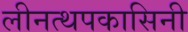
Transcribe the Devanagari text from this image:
लीनत्थपकासिनी